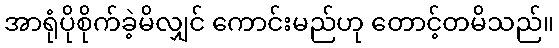
အာရုံပိုစိုက်ခဲ့မိလျှင် ကောင်းမည်ဟု တောင့်တမိသည်။